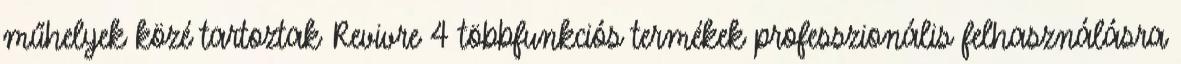
műhelyek közé tartoztak Revivre 4 többfunkciós termékek professzionális felhasználásra